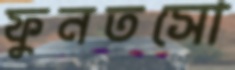
ফুনতসো